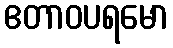
ဧတာဝပရမော